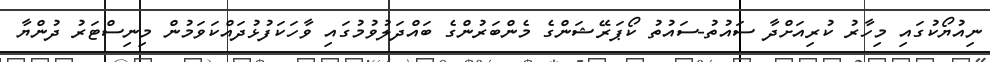
ނިއުޔޯކުގައި މިހާރު ކުރިއަށްދާ ސައުތު-ސައުތު ކޯޕަރޭޝަންގެ މެންބަރުންގެ ބައްދަލުވުމުގައި ވާހަކަފުޅުދައްކަވަމުން މިނިސްޓަރު ދުންޔާ